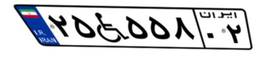
۲۵W۵۵۸۰۲